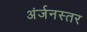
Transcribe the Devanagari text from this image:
अंर्जनस्तर